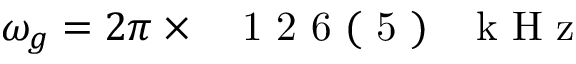
\omega _ { g } = 2 \pi \times \mathrm { ~ \ensuremath ~ { ~ 1 ~ 2 ~ 6 ~ ( ~ 5 ~ ) ~ } ~ \, ~ k ~ H ~ z ~ }